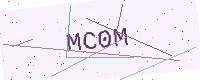
Text: MC0M